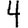
Digit: 4